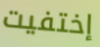
إختفيت